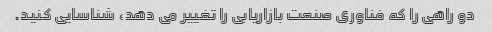
دو راهی را که فناوری صنعت بازاریابی را تغییر می دهد، شناسایی کنید.